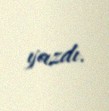
yazdı.